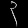
Digit: ၃